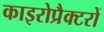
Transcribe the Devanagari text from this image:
काइरोप्रैक्टरों